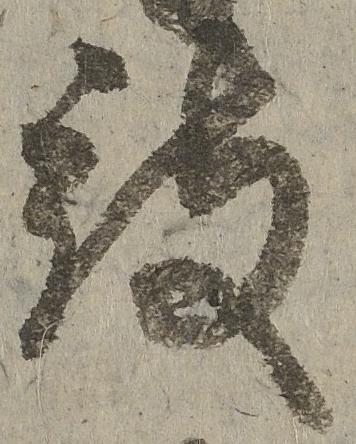
被